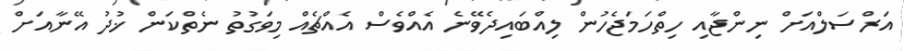
އަރްސަލްއަށް ނިންޖާއި ހިތްހަމަޖެހުން ލިއްބައިދެވޭނެ އެއްވެސް އެއްޗެއް މިވަގުތު ނެތްކަން ޚުދު އޭނާއަށް